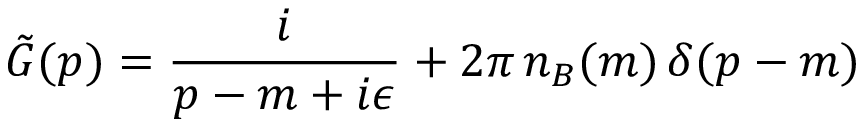
\tilde { G } ( p ) = \frac { i } { p - m + i \epsilon } + 2 \pi \, n _ { B } ( m ) \, \delta ( p - m )